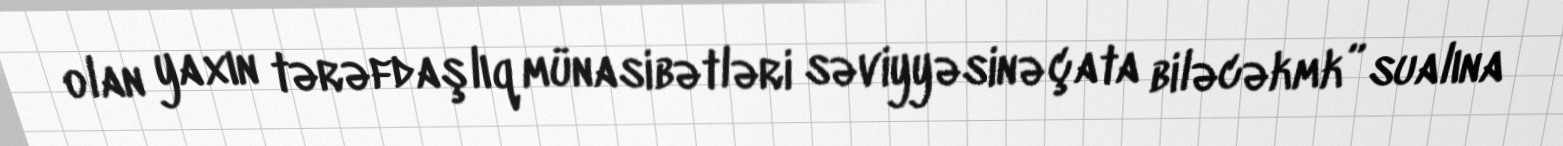
olan yaxın tərəfdaşlıq münasibətləri səviyyəsinə çata biləcəkmk” sualına